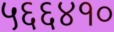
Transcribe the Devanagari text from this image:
५६६४१०